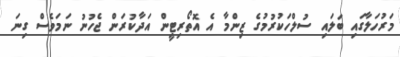
މަރުހަލާގައި ބަލައި ސުލްހަކުރުމުގެ ޒިންމާ އެ އޮތޯރިޓީން އަދާކުރަން ޖެހުނު ނަމަވެސް ގިނަ